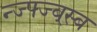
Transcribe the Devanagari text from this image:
न्ज्फ्ज्ब्स्ब